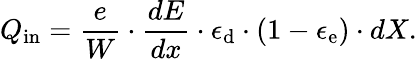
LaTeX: Q_{\mathrm{in}}=\frac{e}{W}\cdot\frac{dE}{dx}\cdot\epsilon_{\mathrm{d}}\cdot(1-\epsilon_{\mathrm{e}})\cdot dX.